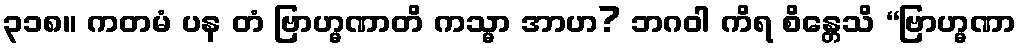
၃၁၈။ ကတမံ ပန တံ ဗြာဟ္မဏာတိ ကသ္မာ အာဟ? ဘဂဝါ ကိရ စိန္တေသိ “ဗြာဟ္မဏာ